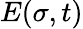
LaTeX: E(\sigma,t)